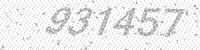
Solution: 931457